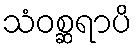
သံဝစ္ဆရာပိ